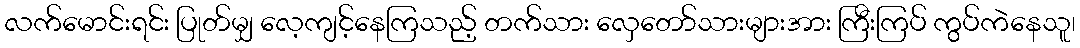
လက်မောင်းရင်း ပြုတ်မျှ လေ့ကျင့်နေကြသည့် တက်သား လှေတော်သားများအား ကြီးကြပ် ကွပ်ကဲနေသူ၊